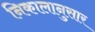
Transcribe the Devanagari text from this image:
निकालानुसार